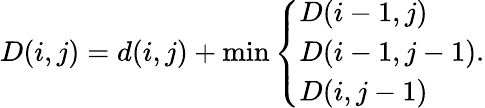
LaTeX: D(i,j)=d(i,j)+\operatorname*{min}\left\{ \begin{array}{ll}{D(i-1,j)}\\ {D(i-1,j-1)}\\ {D(i,j-1)}\end{array}\right..